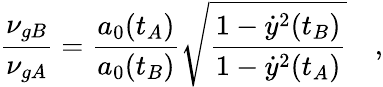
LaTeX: \frac{\nu_{gB}}{\nu_{gA}}=\frac{a_{0}(t_{A})}{a_{0}(t_{B})}\sqrt{\frac{1-\dot{y}^{2}(t_{B})}{1-\dot{y}^{2}(t_{A})}}\quad,